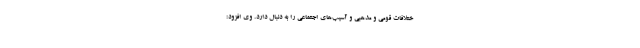
ختلافات قومی و مذهبی و آسیب‌های اجتماعی را به دنبال دارد. وی افزود: